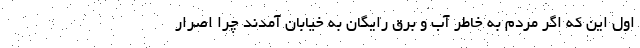
اول این که اگر مردم به خاطر آب و برق رایگان به خیابان آمدند چرا اصرار